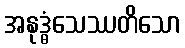
အနုဒ္ဓံသေဿတိသော